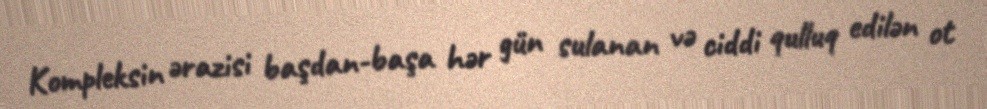
Kompleksin ərazisi başdan-başa hər gün sulanan və ciddi qulluq edilən ot